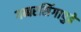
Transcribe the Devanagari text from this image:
गब्बरसिंगापुढे